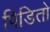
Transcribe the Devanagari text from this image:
पिडितो